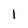
Character: 1